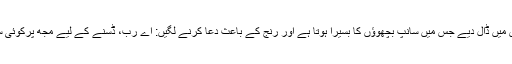
اس لیے زمین پر اترتے ہی اپنے پاؤں اذخر گھاس میں ڈال دیے جس میں سانپ بچھوؤں کا بسیرا ہوتا ہے اور رنج کے باعث دعا کرنے لگیں: اے رب، ڈسنے کے لیے مجھ پرکوئی سانپ بچھو ہی مسلط کر دے (بخاری، رقم ۵۲۱۱۔